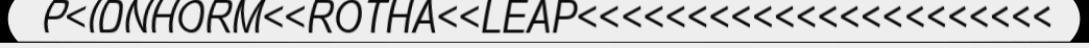
P<IDNHORM<<ROTHA<<LEAP<<<<<<<<<<<<<<<<<<<<<<